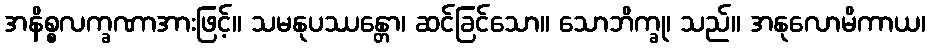
အနိစ္စလက္ခဏာအားဖြင့်။ သမနုပဿန္တော၊ ဆင်ခြင်သော။ သောဘိက္ခု၊ သည်။ အနုလောမိကာယ၊